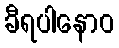
ခီရပါနောဝ